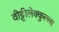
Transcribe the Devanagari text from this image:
वीट्टीलेक्कुल्ला